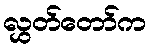
လွှတ်တော်က